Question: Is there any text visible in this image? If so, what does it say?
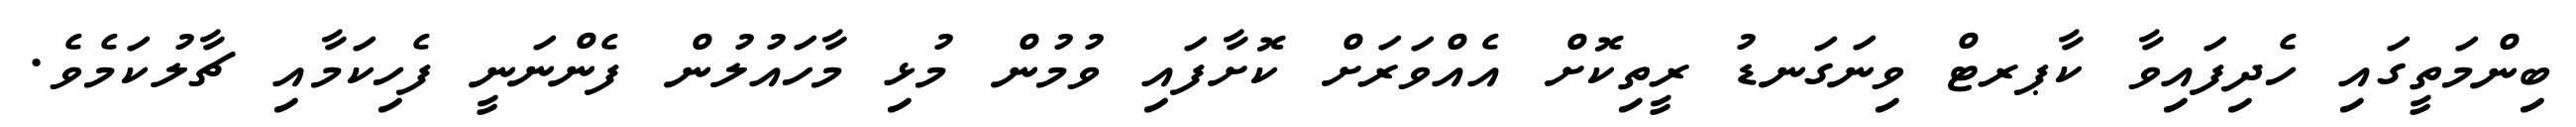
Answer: ބިންމަތީގައި ހެދިފައިވާ ކާޕރޓް ވިނަގަނޑު ރީތިކޮށް އެއްވަރަށް ކޮށާފައި ވުމުން މުޅި މާހައުލުން ފެންނަނީ ފެހިކަމާއި ޗާލުކަމެވެ.